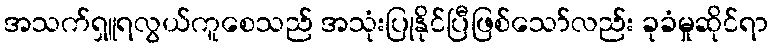
အသက်ရှူရလွယ်ကူစေသည် အသုံးပြုနိုင်ပြီဖြစ်သော်လည်း ခုခံမှုဆိုင်ရာ